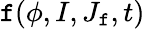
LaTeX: \mathtt{f}(\phi,I,J_{\mathrm{{\mathtt{f}}}},t)